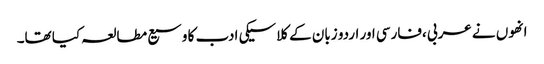
انھوں نے عربی ،فارسی اور اردو زبان کے کلاسیکی ادب کا وسیع مطالعہ کیا تھا۔